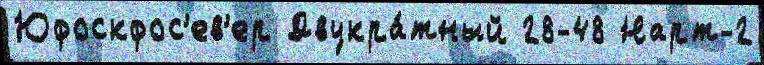
Юфоскфос'ев'ер Двукра́тный 28-48 Нарт-2